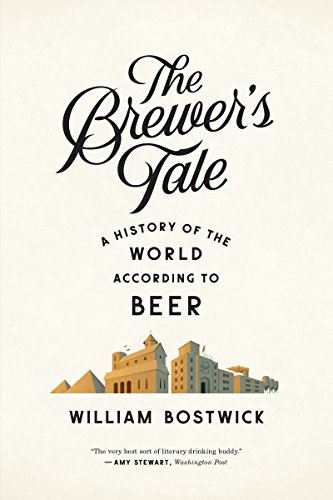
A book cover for The Brewer's Tale: A History of the World According to Beer; William Bostwick; Cookbooks, Food & Wine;